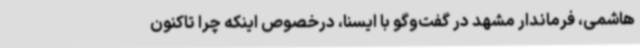
هاشمی، فرماندار مشهد در گفت‌وگو با ایسنا، درخصوص اینکه چرا تاکنون